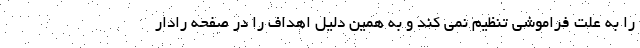
را به علت فراموشی تنظیم نمی کند و به همین دلیل اهداف را در صفحه رادار